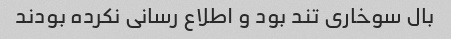
بال سوخاری تند بود و اطلاع رسانی نکرده بودند